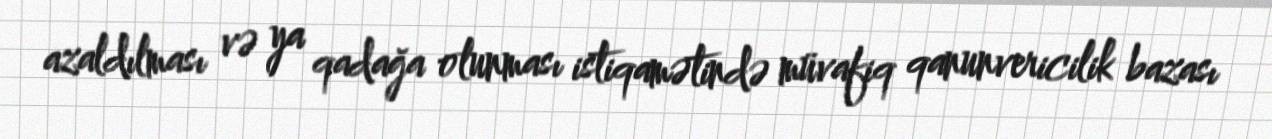
azaldılması və ya qadağa olunması istiqamətində müvafiq qanunvericilik bazası